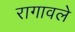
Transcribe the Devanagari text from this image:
रागावले